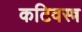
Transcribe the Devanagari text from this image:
कटिवस्त्र